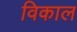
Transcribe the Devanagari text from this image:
विकाल